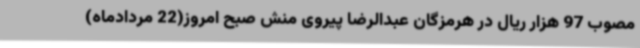
مصوب 97 هزار ریال در هرمزگان عبدالرضا پیروی منش صبح امروز(22 مردادماه)